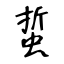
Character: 蜇